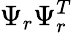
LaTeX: \Psi_{r}\Psi_{r}^{T}